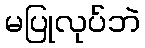
မပြုလုပ်ဘဲ